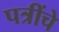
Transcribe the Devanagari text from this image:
पत्रींचे